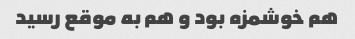
هم خوشمزه بود و هم به موقع رسید